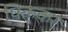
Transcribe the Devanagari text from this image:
पिक्कर